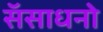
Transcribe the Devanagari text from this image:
सॅसाधनो